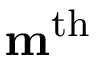
\mathbf { m } ^ { \mathrm { t h } }